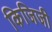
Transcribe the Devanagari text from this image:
किजिजी